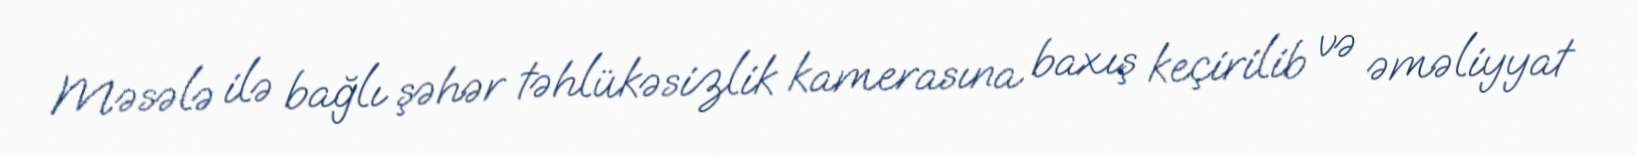
Məsələ ilə bağlı şəhər təhlükəsizlik kamerasına baxış keçirilib və əməliyyat